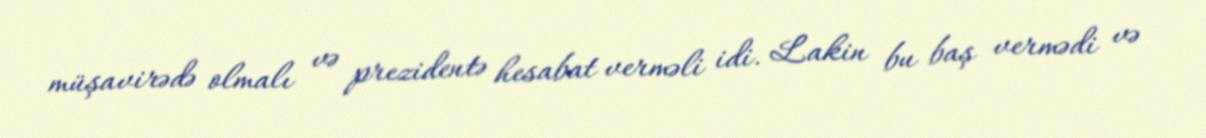
müşavirədə olmalı və prezidentə hesabat verməli idi. Lakin bu baş vermədi və